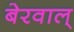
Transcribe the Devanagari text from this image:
बेरवाल्